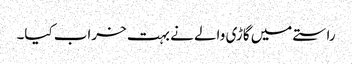
راستے میں گاڑی والے نے بہت خراب کیا۔